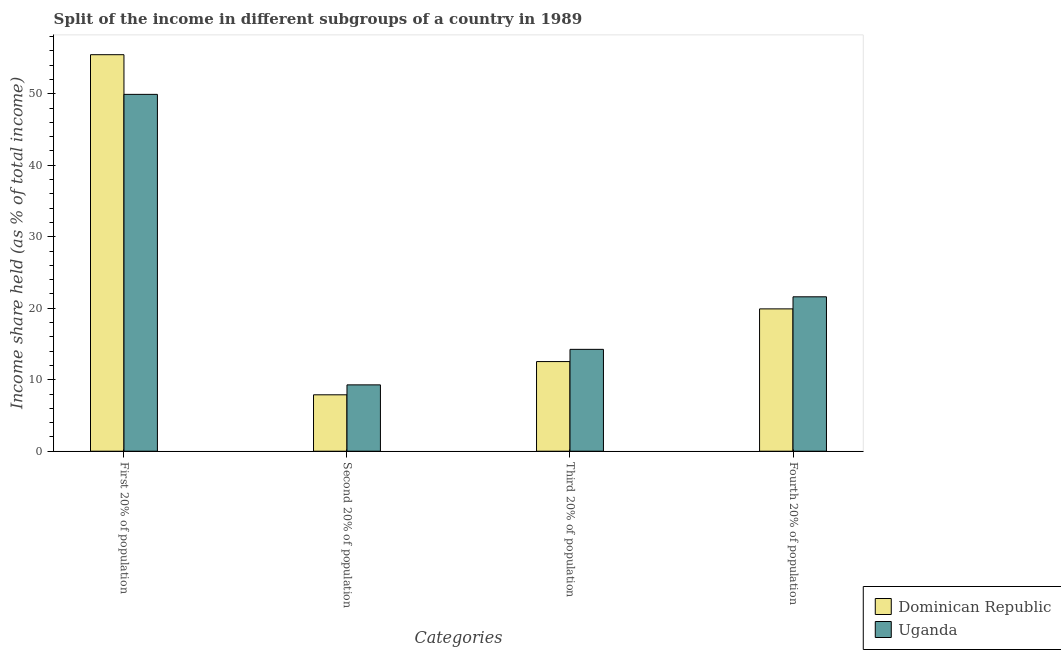
| Categories | Dominican Republic | Uganda |
 | --- | --- | --- |
 | First 20% of population | 55.5 | 49.9 |
 | Second 20% of population | 7.89 | 9.28 |
 | Third 20% of population | 12.5 | 14.2 |
 | Fourth 20% of population | 19.9 | 21.6 |